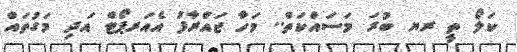
ކަލޯ ތީ ރޔ ބުރަ މަސައްކަތް.. މަހާ ޖައްރާފު އެއަރޕޯޓް އަދި މަގުތައް